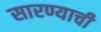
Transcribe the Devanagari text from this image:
सारण्याची